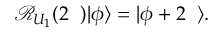
\begin{array} { r } { \mathcal { R } _ { U _ { 1 } } ( 2 { \it \Delta \phi } ) | \phi \rangle = | \phi + 2 { \it \Delta \phi } \rangle . } \end{array}